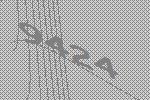
9424